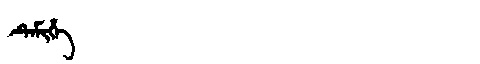
Manchu: ᡨᡝᠮᡳᡥᡝ
Romanization: TEMIHE